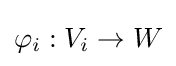
\varphi _{i}:V_{i}\to W